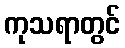
ကုသရာတွင်